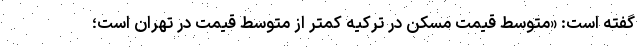
گفته است: «متوسط قیمت مسکن در ترکیه کمتر از متوسط قیمت در تهران است؛